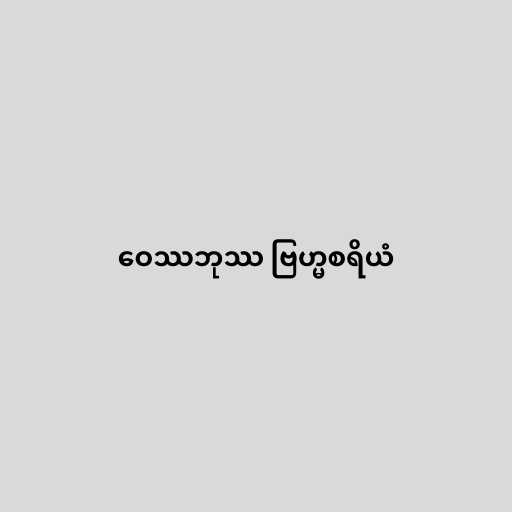
ဝေဿဘုဿ ဗြဟ္မစရိယံ